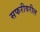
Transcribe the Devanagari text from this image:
सफरीवरील